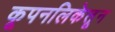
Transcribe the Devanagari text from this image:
कूपनलिकेतून